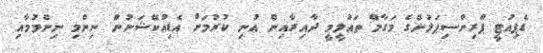
ޑެޕިއުޓީ ޕްރިންސިޕަލުންގެ މަގާމް ތައުލީމީ ދާއިރާއިން އުނި ކުރުމަށް އެޑިއުކޭޝަނުން ނިންމި ނިންމުމާއި